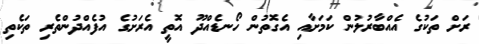
ރަށް ތަކުގެ އެއްބާރުލުން ކަމަށާއި އެގޮތުން ހޯނޑެއްދޫ އޮތީ އެރަށުގެ އުފެއްދުންތެރި ތަކެތި